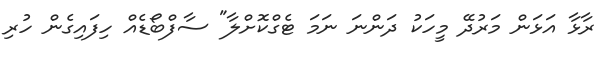
ރާޅާ އަޅަން މަރުދޭ މީހަކު ދަންނަ ނަމަ ޓެގްކޮށްލާ" ސާފްބޯޑެއް ހިފައިގެން ހުރި